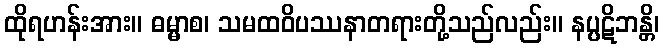
ထိုရဟန်းအား။ ဓမ္မာစ၊ သမထဝိပဿနာတရားတို့သည်လည်း။ နပ္ပဋိဘန္တိ၊